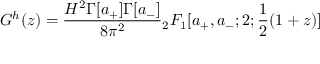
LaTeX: G ^ { h } ( z ) = \frac { H ^ { 2 } \Gamma [ a _ { + } ] \Gamma [ a _ { - } ] } { 8 \pi ^ { 2 } } { } _ { 2 } F _ { 1 } [ a _ { + } , a _ { - } ; 2 ; \frac { 1 } { 2 } ( 1 + z ) ]